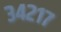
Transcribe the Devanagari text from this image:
३४२१७